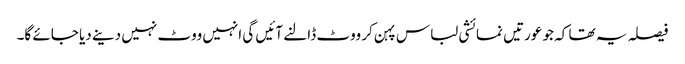
فیصلہ یہ تھا کہ جو عورتیں نمائشی لباس پہن کر ووٹ ڈالنے آئیں گی انہیں ووٹ نہیں دینے دیا جائے گا۔